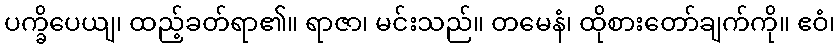
ပက္ခိပေယျ၊ ထည့်ခတ်ရာ၏။ ရာဇာ၊ မင်းသည်။ တမေနံ၊ ထိုစားတော်ချက်ကို။ ဧဝံ၊